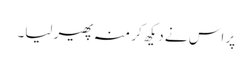
پر اس نے دیکھ کر منہ پھیر لیا۔